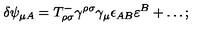
\delta \psi _ { \mu A } = T _ { \rho \sigma } ^ { - } \gamma ^ { \rho \sigma } \gamma _ { \mu } \epsilon _ { A B } \varepsilon ^ { B } + \ldots ;